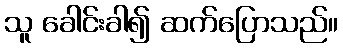
သူ ခေါင်းခါ၍ ဆက်ပြောသည်။